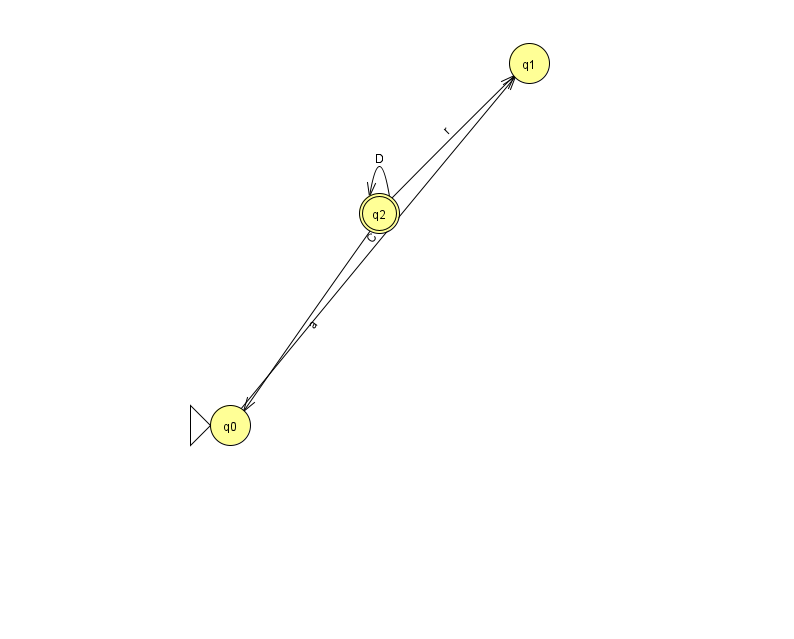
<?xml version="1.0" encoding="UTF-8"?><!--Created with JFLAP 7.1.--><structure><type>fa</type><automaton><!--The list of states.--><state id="0" name="q0"><x>230.0</x><y>412.0</y><initial/></state><state id="1" name="q1"><x>529.0</x><y>50.0</y></state><state id="2" name="q2"><x>379.0</x><y>200.0</y><final/></state><!--The list of transitions.--><transition><from>0</from><to>1</to><read>C</read></transition><transition><from>2</from><to>2</to><read>D</read></transition><transition><from>2</from><to>1</to><read>r</read></transition><transition><from>2</from><to>0</to><read>a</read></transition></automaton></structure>